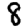
Digit: 8